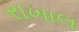
રાખાલ